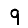
Digit: 9